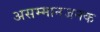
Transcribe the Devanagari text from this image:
असम्मानजनक